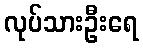
လုပ်သားဦးရေ